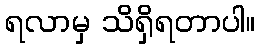
ရလာမှ သိရှိရတာပါ။